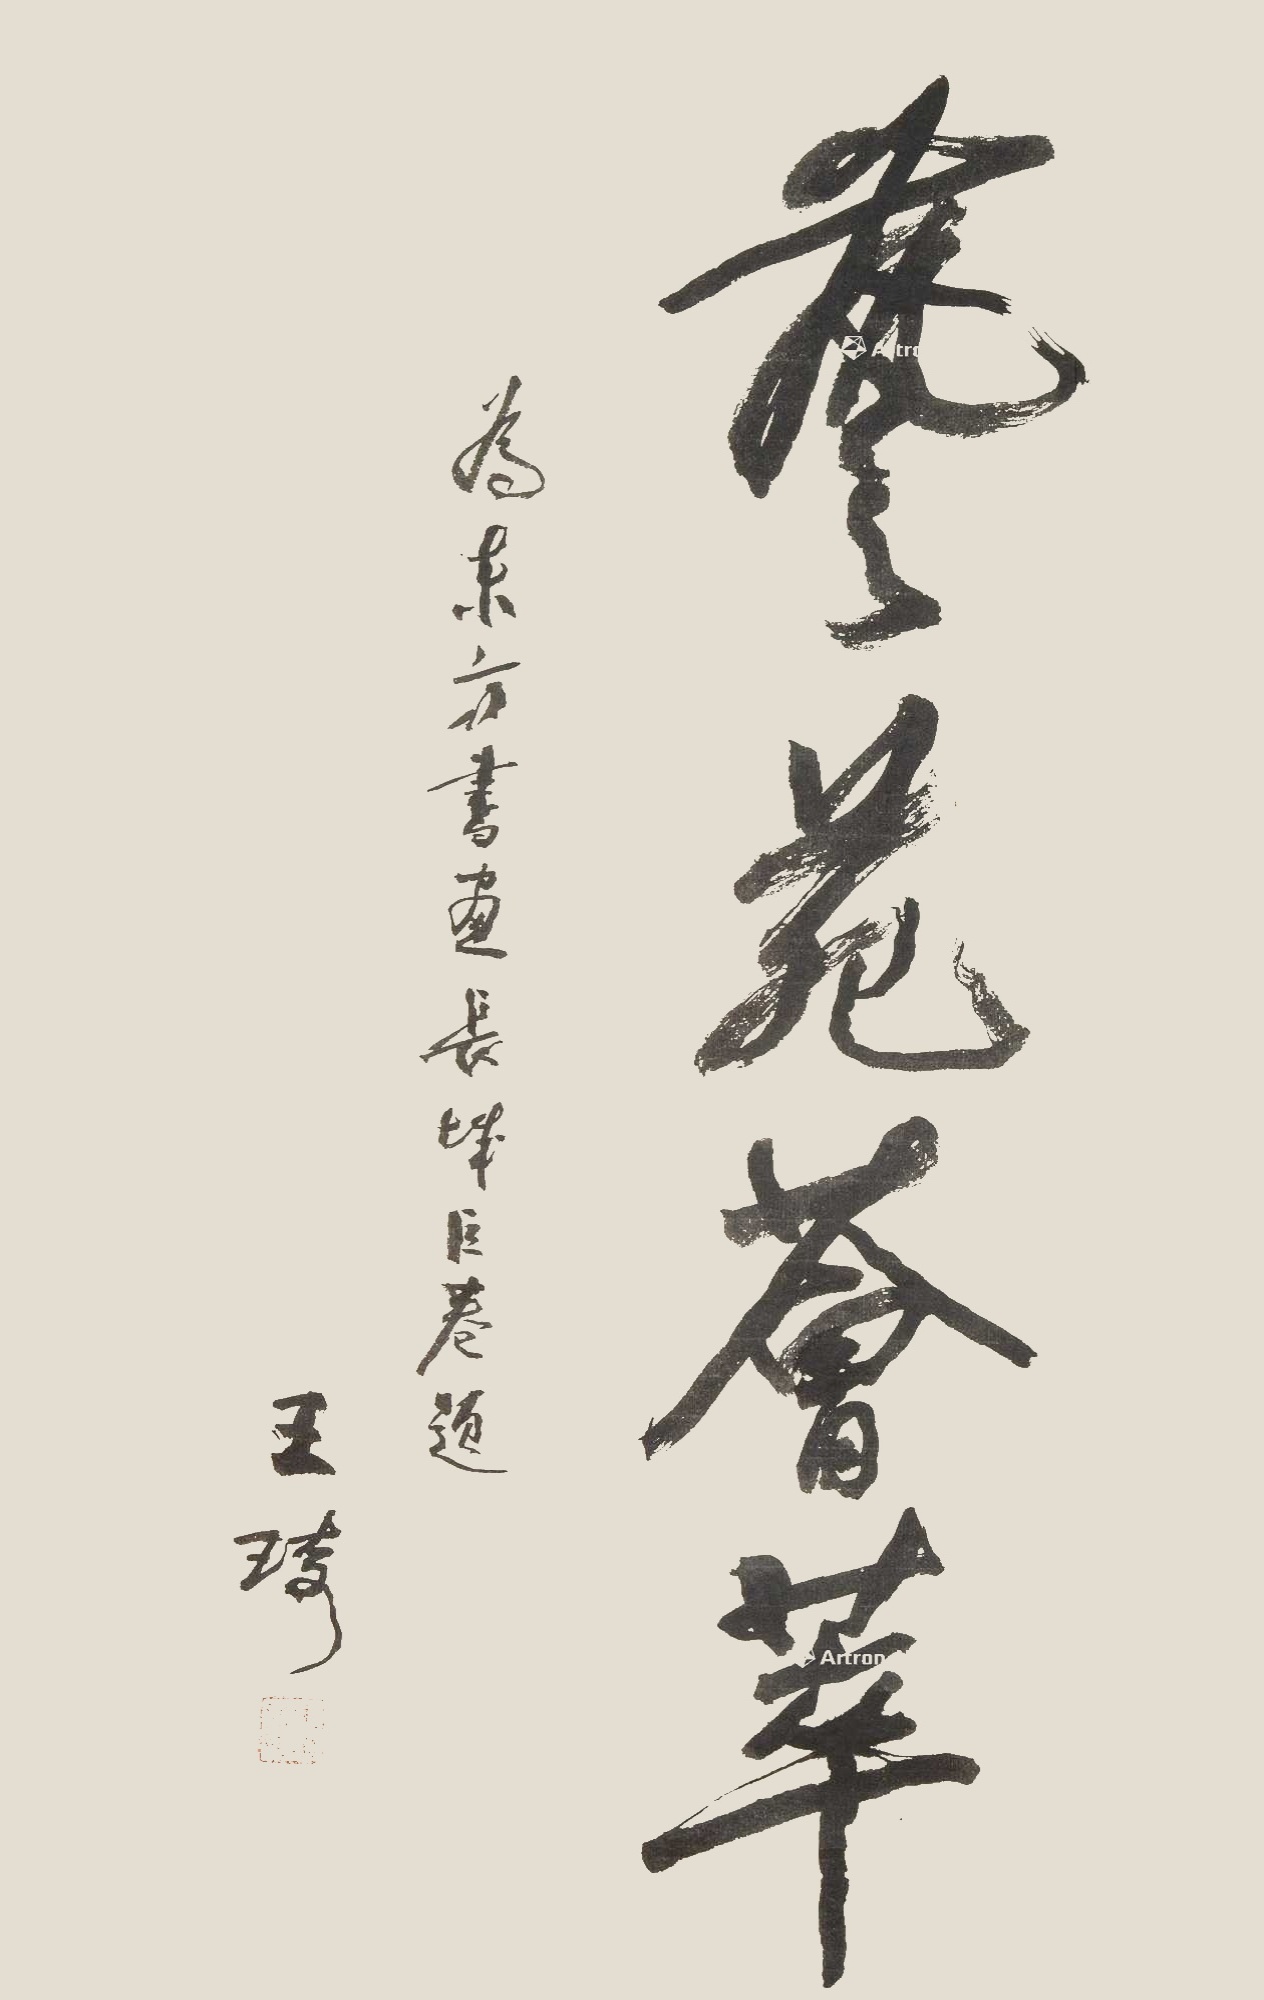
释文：艺苑荟萃。为东方书画长城巨卷题，王琦。